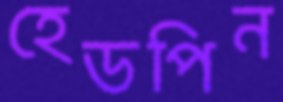
হেডপিন